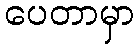
ပေတာမှာ